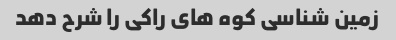
زمین شناسی کوه های راکی را شرح دهد